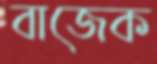
বাজেক